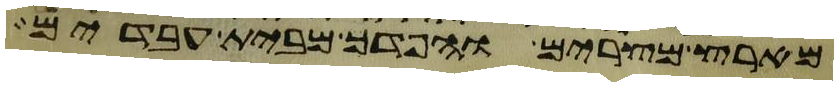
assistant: מארץ מצרים והפדך מבית עבדים